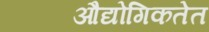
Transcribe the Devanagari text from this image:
औद्योगिकतेत